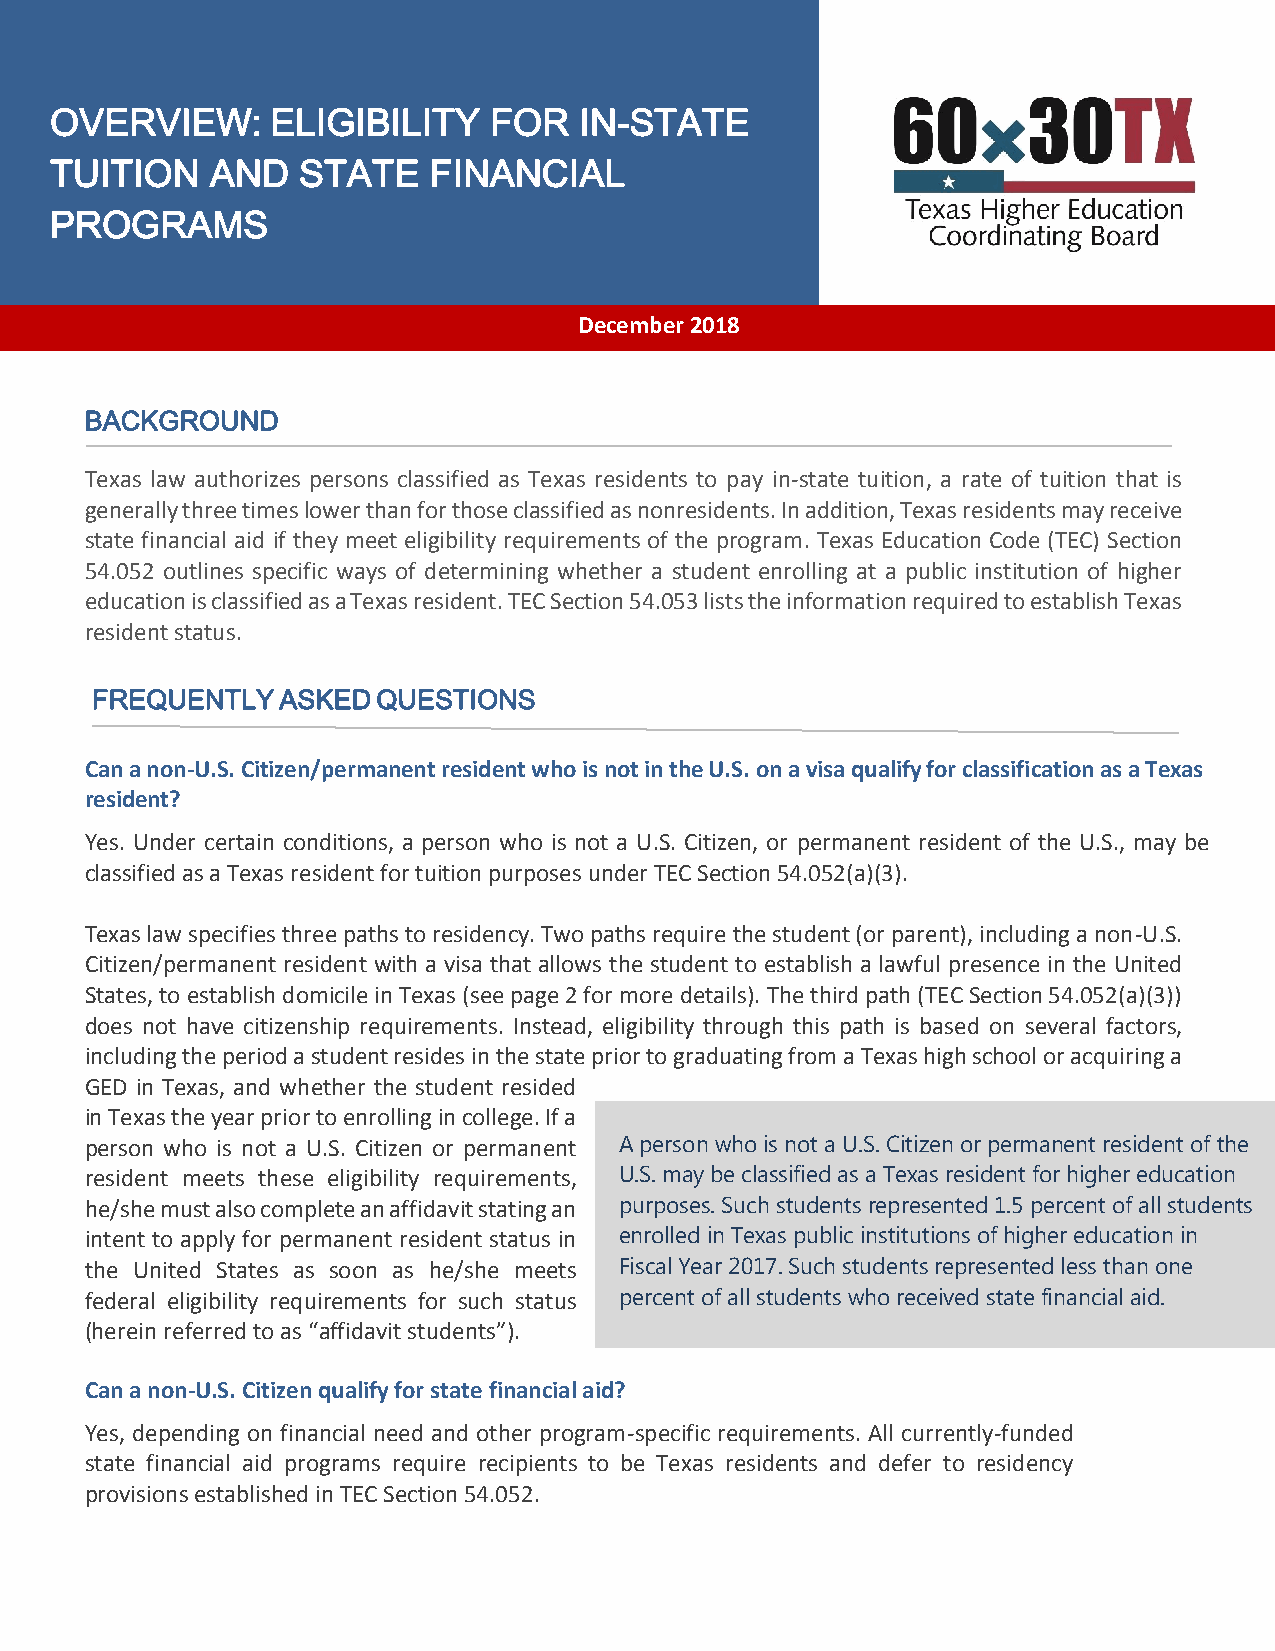
OVERVIEW:      ELIGIBILITY   FOR   IN-STATE
 TUITION    AND   STATE   FINANCIAL
 PROGRAMS
 December 2018
 BACKGROUND
 Texas law authorizes persons classified as Texas residents to pay in-state tuition, a rate of tuition that is
 generally three times lower than for those classified as nonresidents. In addition, Texas residents may receive
 state financial aid if they meet eligibility requirements of the program. Texas Education Code (TEC) Section
 54.052 outlines specific ways of determining whether a student enrolling at a public institution of higher
 education is classified as a Texas resident. TEC Section 54.053 lists the information required to establish Texas
 resident status.
 FREQUENTLY  ASKED  QUESTIONS
 Can a non-U.S. Citizen/permanent resident who is not in the U.S. on a visa qualify for classification as a Texas
 resident?
 Yes. Under certain conditions, a person who is not a U.S. Citizen, or permanent resident of the U.S., may be
 classified as a Texas resident for tuition purposes under TEC Section 54.052(a)(3).
 Texas law specifies three paths to residency. Two paths require the student (or parent), including a non-U.S.
 Citizen/permanent resident with a visa that allows the student to establish a lawful presence in the United
 States, to establish domicile in Texas (see page 2 for more details). The third path (TEC Section 54.052(a)(3))
 does not have citizenship requirements. Instead, eligibility through this path is based on several factors,
 including the period a student resides in the state prior to graduating from a Texas high school or acquiring a
 GED in Texas, and whether the student resided
 in Texas the year prior to enrolling in college. If a
 person who is not a U.S. Citizen or permanent A person who is not a U.S. Citizen or permanent resident of the
 resident meets these eligibility requirements, U.S. may be classified as a Texas resident for higher education
 he/she must also complete an affidavit stating an purposes. Such students represented 1.5 percent of all students
 intent to apply for permanent resident status in enrolled in Texas public institutions of higher education in
 the United States as soon as he/she meets Fiscal Year 2017. Such students represented less than one
 federal eligibility requirements for such status percent of all students who received state financial aid.
 (herein referred to as “affidavit students”).
 Can a non-U.S. Citizen qualify for state financial aid?
 Yes, depending on financial need and other program-specific requirements. All currently-funded
 state financial aid programs require recipients to be Texas residents and defer to residency
 provisions established in TEC Section 54.052.